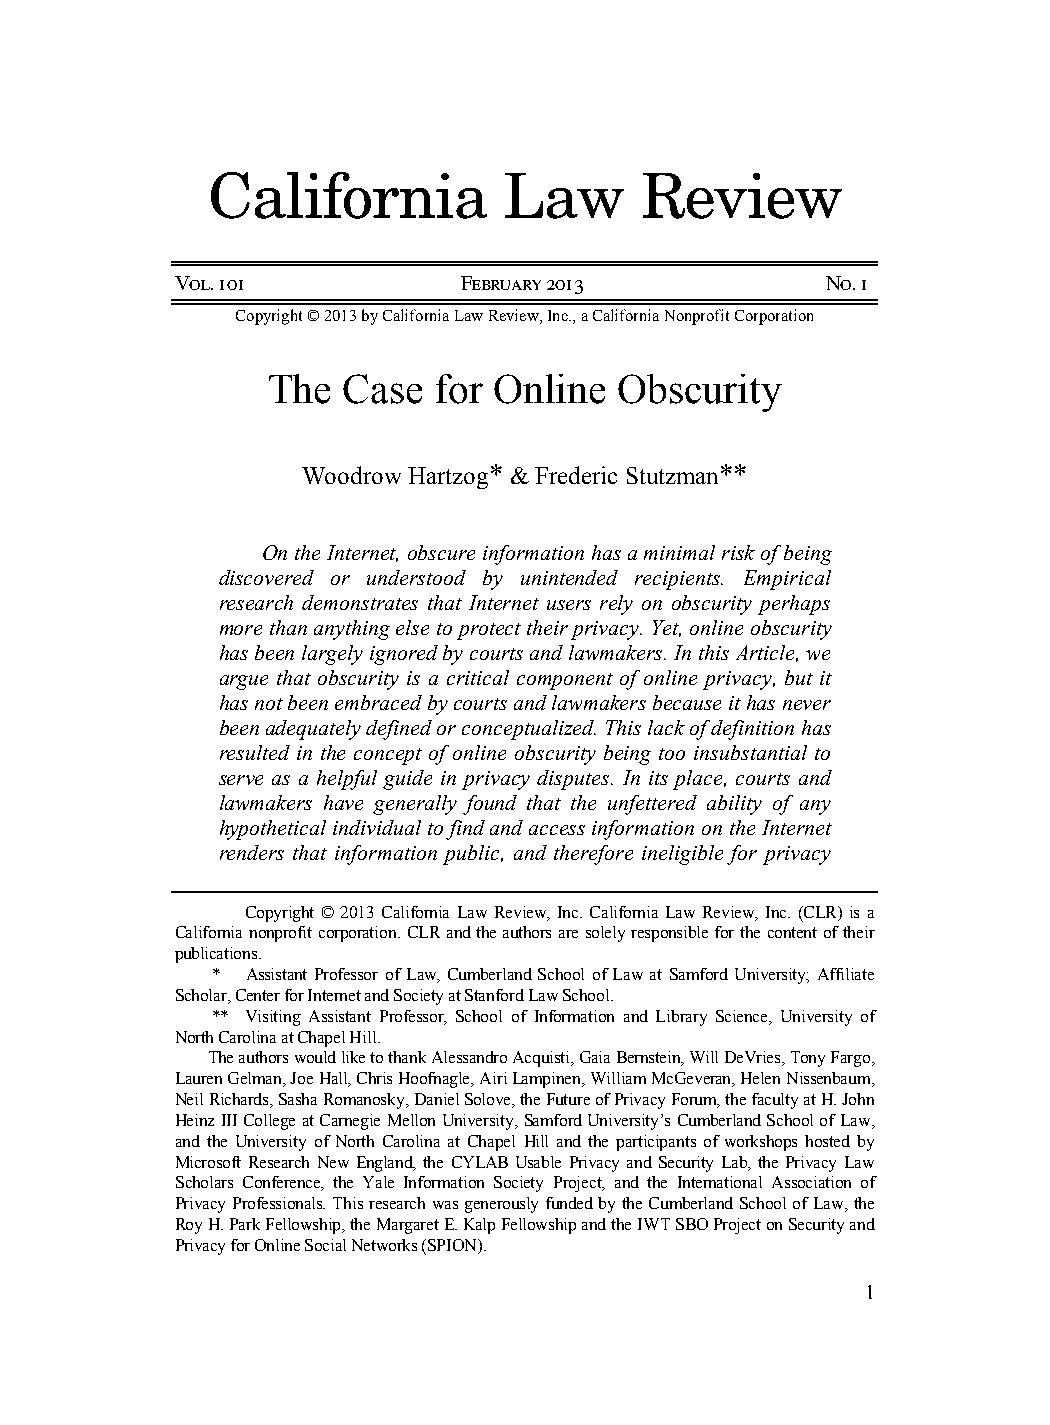
01-HartzogStutzman (Do Not Delete)    2/18/2013 2:33:22 PM
 California          Law      Review
 Vol. 101           February 2013           No. 1
 Copyright © 2013 by California Law Review, Inc., a California Nonprofit Corporation
 The  Case  for Online  Obscurity
 Woodrow Hartzog* & Frederic Stutzman**
 On the Internet, obscure information has a minimal risk of being
 discovered or understood by unintended recipients. Empirical
 research demonstrates that Internet users rely on obscurity perhaps
 more than anything else to protect their privacy. Yet, online obscurity
 has been largely ignored by courts and lawmakers. In this Article, we
 argue that obscurity is a critical component of online privacy, but it
 has not been embraced by courts and lawmakers because it has never
 been adequately defined or conceptualized. This lack of definition has
 resulted in the concept of online obscurity being too insubstantial to
 serve as a helpful guide in privacy disputes. In its place, courts and
 lawmakers have generally found that the unfettered ability of any
 hypothetical individual to find and access information on the Internet
 renders that information public, and therefore ineligible for privacy
 Copyright © 2013 California Law Review, Inc. California Law Review, Inc. (CLR) is a
 California nonprofit corporation. CLR and the authors are solely responsible for the content of their
 publications.
 * Assistant Professor of Law, Cumberland School of Law at Samford University; Affiliate
 Scholar, Center for Internet and Society at Stanford Law School.
 ** Visiting Assistant Professor, School of Information and Library Science, University of
 North Carolina at Chapel Hill.
 The authors would like to thank Alessandro Acquisti, Gaia Bernstein, Will DeVries, Tony Fargo,
 Lauren Gelman, Joe Hall, Chris Hoofnagle, Airi Lampinen, William McGeveran, Helen Nissenbaum,
 Neil Richards, Sasha Romanosky, Daniel Solove, the Future of Privacy Forum, the faculty at H. John
 Heinz III College at Carnegie Mellon University, Samford University’s Cumberland School of Law,
 and the University of North Carolina at Chapel Hill and the participants of workshops hosted by
 Microsoft Research New England, the CYLAB Usable Privacy and Security Lab, the Privacy Law
 Scholars Conference, the Yale Information Society Project, and the International Association of
 Privacy Professionals. This research was generously funded by the Cumberland School of Law, the
 Roy H. Park Fellowship, the Margaret E. Kalp Fellowship and the IWT SBO Project on Security and
 Privacy for Online Social Networks (SPION).
 1